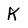
Character: K